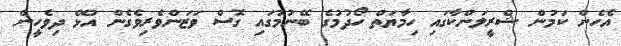
އެހެން ކަމުން ޝްރީލަންކާގައި ހިމާޔަތް ހޯދުމުގެ ބޭނުމުގައި ގޮސް ވަޒަންވެރިވެގެން އުޅޭ ދިވެހީން